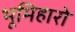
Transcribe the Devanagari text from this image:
भूमिहारो